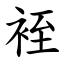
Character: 䘭